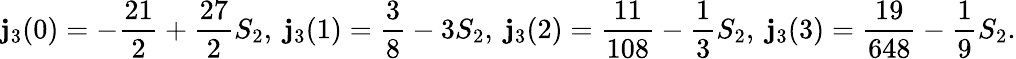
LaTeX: \mathbf{j}_{3}(0)=-\frac{{21}}{{2}}+\frac{{27}}{{2}}S_{2},~\mathbf{j}_{3}(1)=\frac{{3}}{{8}}-3S_{2},~\mathbf{j}_{3}(2)=\frac{{11}}{{108}}-\frac{{1}}{{3}}S_{2},~\mathbf{j}_{3}(3)=\frac{{19}}{{648}}-\frac{{1}}{{9}}S_{2}.